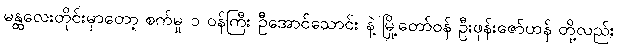
မန္ထလေးတိုင်းမှာတော့ စက်မှု ၁ ဝန်ကြီး ဦအောင်သောင်း နဲ့ မြို့တော်ဝန် ဦးဖုန်းဇော်ဟန် တို့လည်း